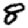
Digit: 8